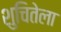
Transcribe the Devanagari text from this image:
शुचितेला